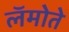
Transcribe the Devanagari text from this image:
लॅमोते